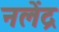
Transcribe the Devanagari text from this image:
नलेंद्र